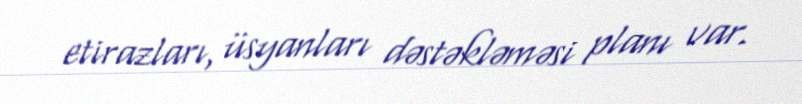
etirazları, üsyanları dəstəkləməsi planı var.